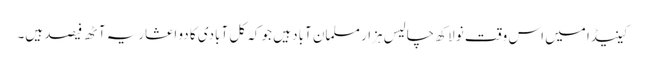
کینیڈا میں اس وقت نو لاکھ چالیس ہزار مسلمان آباد ہیں جو کہ کل آبادی کا دو اعشاریہ آٹھ فیصد ہیں۔